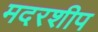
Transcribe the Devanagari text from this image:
मदरशीप